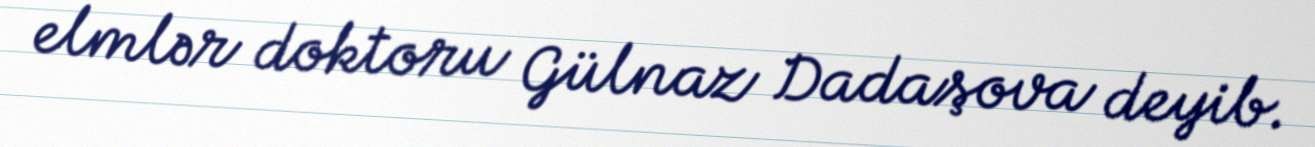
elmlər doktoru Gülnaz Dadaşova deyib.